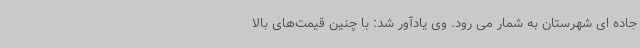
جاده ای شهرستان به شمار می رود. وی یادآور شد: با چنین قیمت‌های بالا